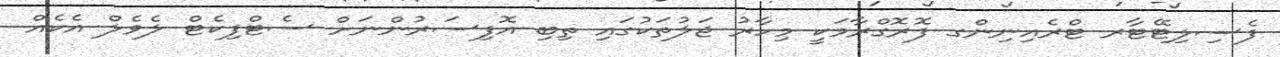
ފެސިލިޓޭޓާރ ޓްރެއިނިންގ ފޮރޮގްރާމަކީ މިހާރު ޖަލުތަކުގައި ތިބި އޮފިސަރުންނަށް ސެޓްފިކެޓް ލެވެލް އެކެއް